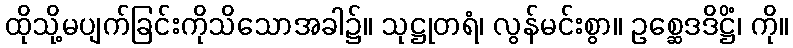
ထိုသို့မပျက်ခြင်းကိုသိသောအခါ၌။ သုဋ္ဌုတရံ၊ လွန်မင်းစွာ။ ဥစ္ဆေဒဒိဋ္ဌိံ၊ ကို။